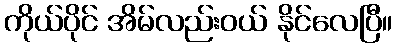
ကိုယ်ပိုင် အိမ်လည်းဝယ် နိုင်လေပြီ။